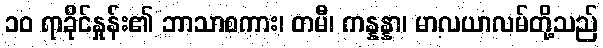
၁၀ ရာခိုင်နှုန်း၏ ဘာသာစကား၊ တမီ၊ ကန္နန္နာ၊ မာလယာလမ်တို့သည်